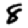
Digit: 8